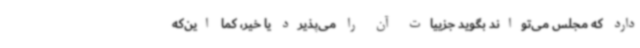
دارد که مجلس می‌تواند بگوید جزییات آن را می‌پذیرد یا خیر، کما این‌که